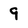
Character: 9